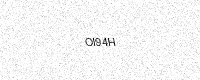
Text: OI94H